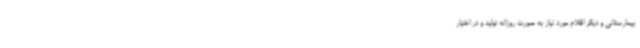
بیمارستانی و دیگر اقلام مورد نیاز به صورت روزانه تولید و در اختیار